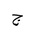
Letter: _gim